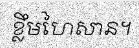
ខ្លឹមហៃសាន។